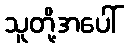
သူတို့အပေါ်